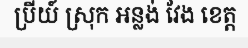
ប្រីយ៍ ស្រុក អន្លង់ វែង ខេត្ត